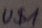
Text: U$1